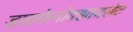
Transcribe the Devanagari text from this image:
डायफेनोक्झायलेट